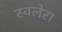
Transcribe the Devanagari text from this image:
स्वलेरा